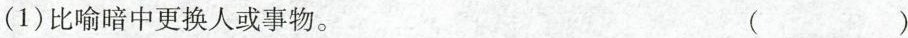
（1）比喻暗中更换人或事物。（ ）